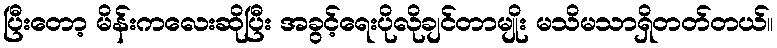
ပြီးတော့ မိန်းကလေးဆိုပြီး အခွင့်ရေးပိုလိုချင်တာမျိုး မသိမသာရှိတတ်တယ်။